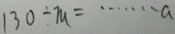
1 3 0 \div m = \cdots a